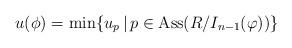
LaTeX: \begin{align*}u(\phi)=\min\{u_{p}\,|\,p\in{\rm Ass}(R/I_{n-1}(\varphi))\}\end{align*}